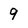
Character: 9